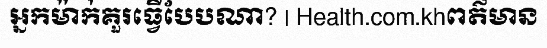
អ្នកម៉ាក់គួរធ្វើបែបណា? | Health.com.khពត៌មាន